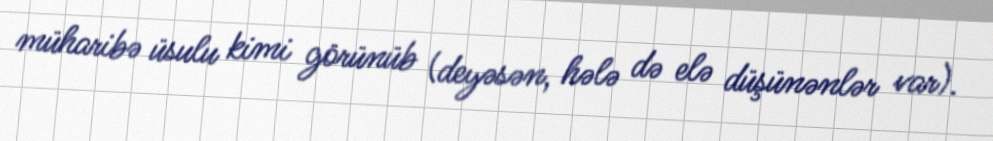
müharibə üsulu kimi görünüb (deyəsən, hələ də elə düşünənlər var).